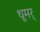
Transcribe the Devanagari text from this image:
धूमर्